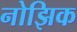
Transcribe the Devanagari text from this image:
नोझिक